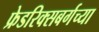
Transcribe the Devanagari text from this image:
फ्रेडरिक्सबर्गच्या